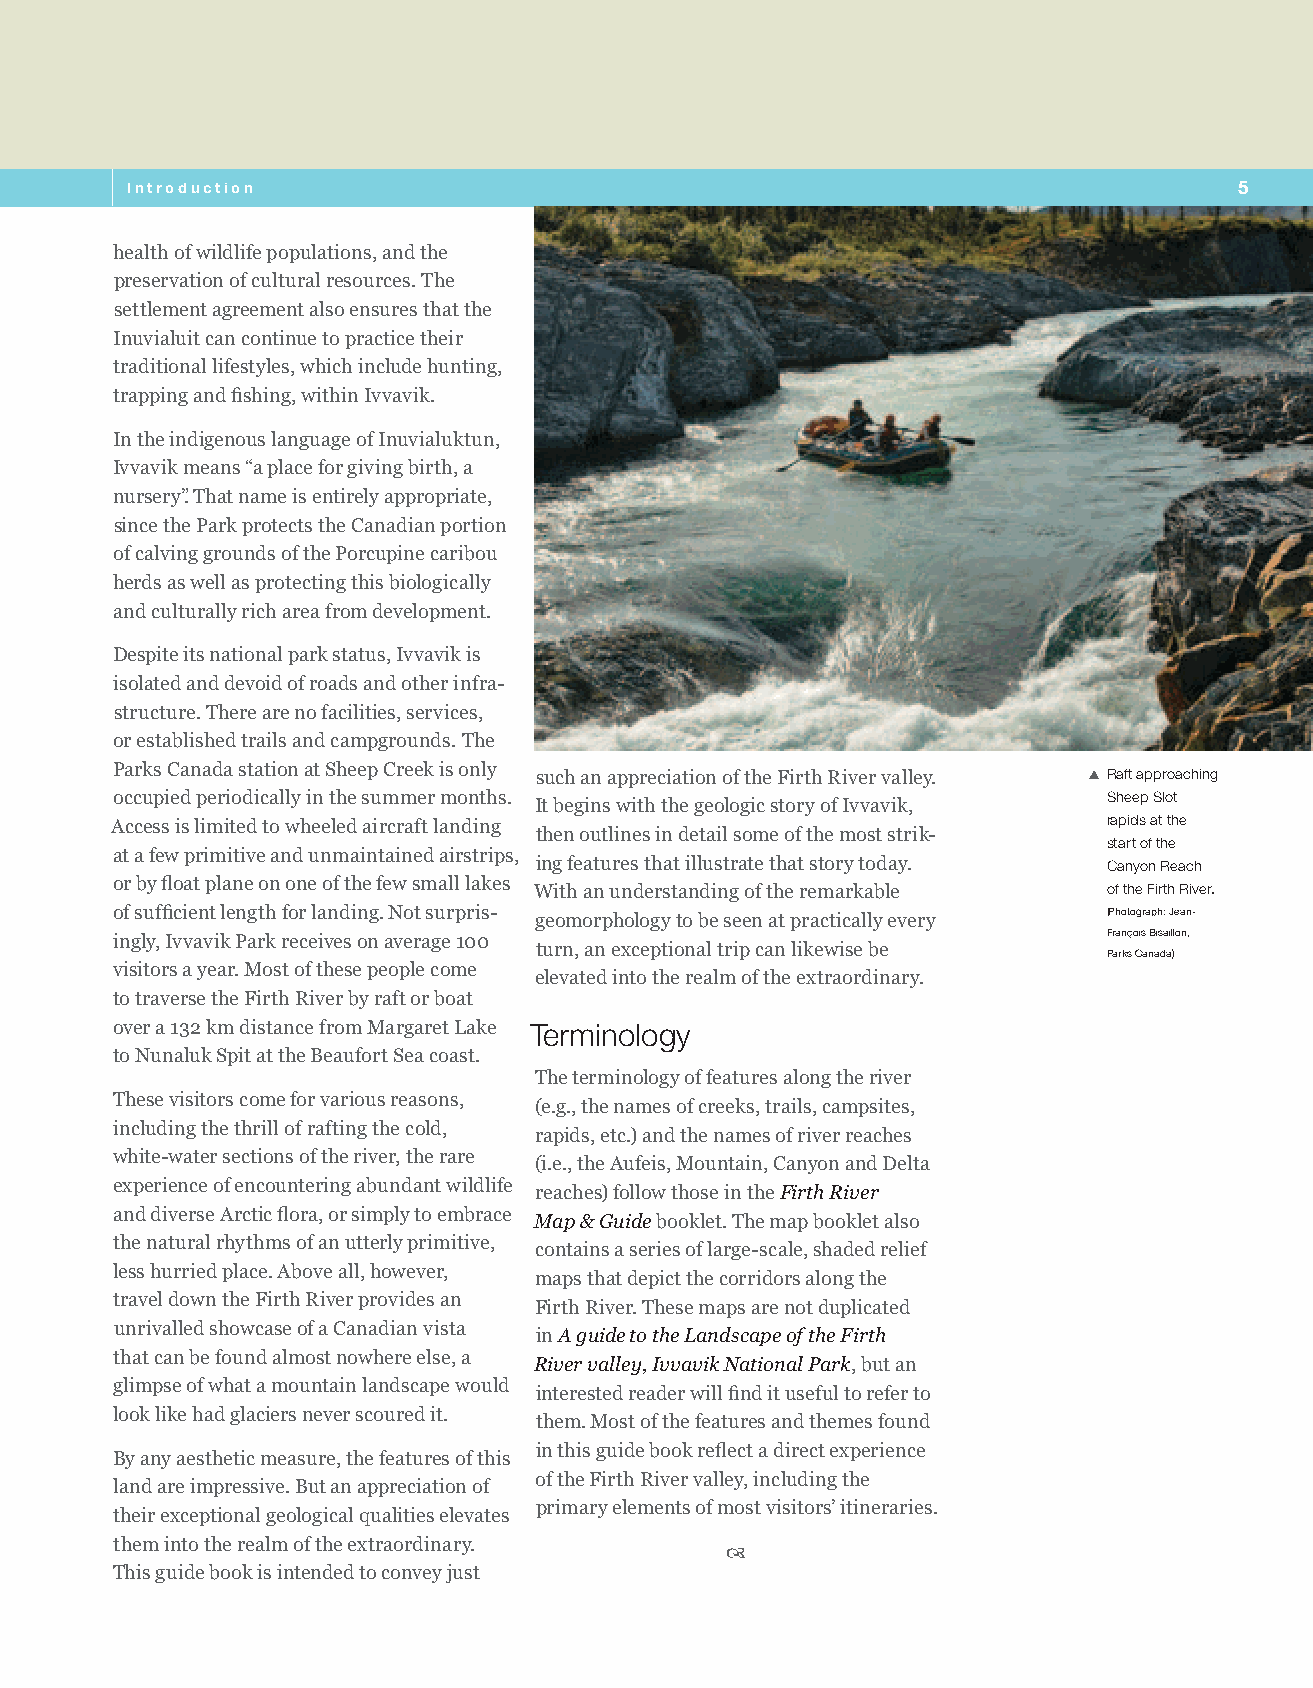
Introduction                                                              5
 health of wildlife populations, and the
 preservation of cultural resources. The
 settlement agreement also ensures that the
 Inuvialuit can continue to practice their
 traditional lifestyles, which include hunting,
 trapping and fishing, within Ivvavik.
 In the indigenous language of Inuvialuktun,
 Ivvavik means “a place for giving birth, a
 nursery”. That name is entirely appropriate,
 since the Park protects the Canadian portion
 of calving grounds of the Porcupine caribou
 herds as well as protecting this biologically
 and culturally rich area from development.
 Despite its national park status, Ivvavik is
 isolated and devoid of roads and other infra-
 structure. There are no facilities, services,
 or established trails and campgrounds. The
 Parks Canada station at Sheep Creek is only such an appreciation of the Firth River valley. SXRaft approaching
 occupied periodically in the summer months.                       Sheep Slot
 It begins with the geologic story of Ivvavik,
 Access is limited to wheeled aircraft landing                     rapids at the
 then outlines in detail some of the most strik-
 start of the
 at a few primitive and unmaintained airstrips,
 ing features that illustrate that story today. Canyon Reach
 or by float plane on one of the few small lakes With an understanding of the remarkable of the Firth River.
 of sufficient length for landing. Not surpris-                    (Photograph: Jean-
 geomorphology to be seen at practically every
 François Bisaillon,
 ingly, Ivvavik Park receives on average 100
 turn, an exceptional trip can likewise be
 Parks Canada)
 visitors a year. Most of these people come
 elevated into the realm of the extraordinary.
 to traverse the Firth River by raft or boat
 over a 132 km distance from Margaret Lake Terminology
 to Nunaluk Spit at the Beaufort Sea coast.
 The terminology of features along the river
 These visitors come for various reasons,
 (e.g., the names of creeks, trails, campsites,
 including the thrill of rafting the cold,
 rapids, etc.) and the names of river reaches
 white-water sections of the river, the rare
 (i.e., the Aufeis, Mountain, Canyon and Delta
 experience of encountering abundant wildlife
 reaches) follow those in the Firth River
 and diverse Arctic flora, or simply to embrace
 Map & Guide booklet. The map booklet also
 the natural rhythms of an utterly primitive,
 contains a series of large-scale, shaded relief
 less hurried place. Above all, however,
 maps that depict the corridors along the
 travel down the Firth River provides an
 Firth River. These maps are not duplicated
 unrivalled showcase of a Canadian vista
 in A guide to the Landscape of the Firth
 that can be found almost nowhere else, a
 River valley, Ivvavik National Park, but an
 glimpse of what a mountain landscape would
 interested reader will find it useful to refer to
 look like had glaciers never scoured it.
 them. Most of the features and themes found
 in this guide book reflect a direct experience
 By any aesthetic measure, the features of this
 of the Firth River valley, including the
 land are impressive. But an appreciation of
 primary elements of most visitors’ itineraries.
 their exceptional geological qualities elevates
 them into the realm of the extraordinary. 
 This guide book is intended to convey just